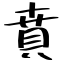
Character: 賁